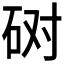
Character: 𰦲